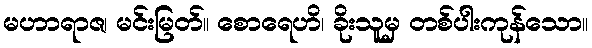
မဟာရာဇ၊ မင်းမြတ်။ စောရေဟိ၊ ခိုးသူမှ တစ်ပါးကုန်သော။